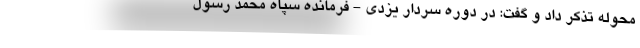
محوله تذکر داد و گفت: در دوره سردار یزدی - فرمانده سپاه محمد رسول